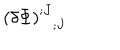
\left( \delta \Phi \right) _ { \; \; \, ; J } ^ { ; J }